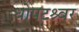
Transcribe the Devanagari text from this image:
धोपटश्र्वर